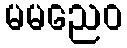
မမညေဝ